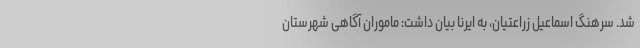
شد. سرهنگ اسماعیل زراعتیان، به ایرنا بیان داشت: ماموران آگاهی شهرستان